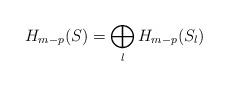
LaTeX: \begin{align*}H_{m-p}(S)=\bigoplus_{\l}H_{m-p}(S_{\l})\end{align*}